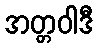
အတ္တဝါဒီ